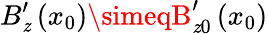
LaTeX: B_{\mathit{z}}^{\prime}\left(x_{0}\right)\simeqB_{\mathit{z}0}^{\prime}\left(x_{0}\right)